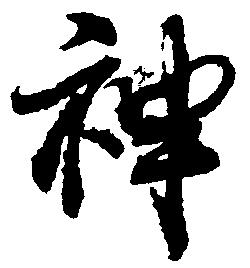
神